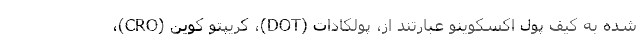
شده به کیف پول اکسکوینو عبارتند از، پولکادات (DOT)، کریپتو کوین (CRO)،